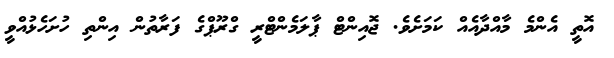
އޮތީ އެންމެ މާއްދާއެއް ކަމަށެވެ. ޖޮއިންޓް ޕާލަމެންޓްރީ ގްރޫޕްގެ ފަރާތުން އިންތި ހުށަހެޅުއްވީ